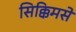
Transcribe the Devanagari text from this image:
सिक्किमसे